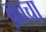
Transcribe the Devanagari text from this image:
क़ाचा